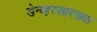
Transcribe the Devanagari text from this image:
डेन्व्हरसारख्या